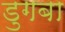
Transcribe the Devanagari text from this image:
डुगबा